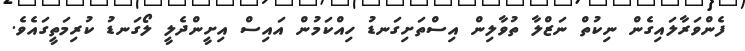
ފެންވަރާލައިގެން ނިކުތް ނަޒްލާ ތުވާލިން އިސްތަށިގަނޑު ހިއްކަމުން އައިސް އިށީންދެލީ ލޯގަނޑު ކުރިމަތީގައެވެ.